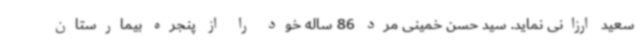
سعید ارزانی نماید. سید حسن خمینی مرد 86 ساله خود را از پنجره بیمارستان